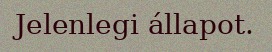
Jelenlegi állapot.